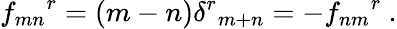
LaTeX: {f_{mn}}^{r}=(m-n){\delta^{r}}_{m+n}=-{f_{nm}}^{r}~.